Lunatic asylums Bombay report 1891-1903 - 1891-1903
Year: 1891
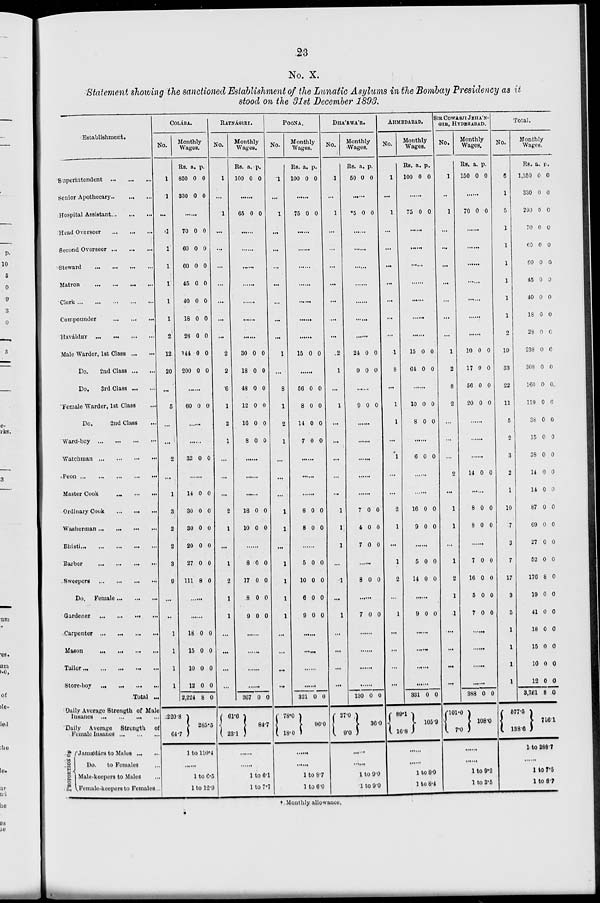
23
No. X.
Statement showing the sanctioned Establishment of the Lunatic Asylums in the Bombay Presidency as it
stood on the 31st December 1893.
Establishment.
Superintendent
...
...
...
Senior Apothecary ... ... ...
Hospital Assistant ... ... ...
Head Overseer
...
...
...
Second Overseer ... ... ...
Steward
...
...
...
...
Matron ... ... ... ...
Clerk
...
...
...
...
...
Compounder
...
...
...
Haváldár ... ... ... ...
Male Warder, 1st Class ... ...
Do.
2nd Class ... ...
Do.
3rd Class ... ...
Female Warder, 1st Class ...
Do.
2nd Class ...
Ward-boy ... ... ... ...
Watchman
...
...
...
...
Peon
...
...
...
...
...
Master Cook
...
...
...
Ordinary Cook
...
...
...
Washerman
...
...
...
...
Bhisti ...
...
...
...
Barber
...
...
...
...
Sweepers
...
...
...
...
Do. Female ... ... ...
Gardener
...
...
...
...
Carpenter
...
...
...
...
Mason ... ... ...
...
Tailor
...
...
...
...
Store-boy
...
...
...
...
Total ...
Daily Average Strength of Male
Iusanes ... ... ... ...
Daily Average Strength of
Female Iusanes ... ... ...
PROPORTION OF
Jamádárs to Males ... ...
Do.
to Females ...
Male-keepers to Males ...
Female-keepers to Females ...
COLA'BA.
No.
1
1
...
.1
1
1
1
1
1
2
12
20
...
5
...
...
2
...
1
3
2
2
3
9
...
...
1
1
1
1
Monthly
Wages.
Rs.
850
330
a.
0
0
p.
0
0
......
70
60
60
45
40
18
28
144
200
0
0
0
0
0
0
0
0
0
0
0
0
0
0
0
0
0
0
......
60 0 0
......
33 0 0
.......
14
30
30
20
27
111
0
0
0
0
0
8
0
0
0
0
0
0
.......
.......
18
15
10
12
2,224
2220.8
64.7
0
0
0
0
8
0
0
0
0
0
285.5
1 to 110.4
......
1 to 6.5
1 to 12.9
RATNA'GIRI.
No.
1
...
1
...
...
...
...
...
...
...
2
2
6
1
2
1
...
...
...
2
1
...
1
2
1
1
...
...
...
...
Monthly
Wages.
Rs.
100
a.
0
p.
0
.......
65 0 0
.......
.......
.
.......
.......
.......
.......
30
18
48
12
16
8
0
0
0
0
0
0
0
0
0
0
0
0
.......
.......
.......
18
10
0
0
0
0
8
17
8
9
0
0
0
0
0
0
0
0
.......
.......
.......
.......
367
61.6
23.1
0 0
84.7
.......
.......
1 to 6.1
1 to 7.7
POONA.
No.
1
...
1
. ..
...
...
...
...
. ..
...
1
...
8
1
2
1
...
...
...
1
1
. ..
1
1
1
1
...
...
...
...
Monthly
Wages.
Rs.
100
a.
0
p.
0
.......
75 0 0
.......
.......
.......
.......
......
.......
.......
15 0 0
.......
56
8
14
7
0
0
0
0
0
0
0
0
.......
.......
.......
8
8
0
0
0
0
5
10
6
9
0
0
0
0
0
0
0
0
.......
......
.......
.......
321
78.0
18.0
0 0
96.0
.......
.......
1 to 8.7
1 to 6.0
DHA'RWA'R.
No.
1
...
1
...
...
...
...
...
...
. ..
2
1
...
1
...
...
...
...
...
1
1
1
...
1
...
1
...
...
...
. ..
Monthly
Wages.
Rs.
50
a.
0
p.
0
.......
*5 0 0
.......
.......
.......
.......
.......
.......
.......
24
9
0
0
0
0
.......
9 0 0
.......
.......
.......
.......
.......
7
4
7
0
0
0
0
0
0
.......
8 0 0
.......
7 0 0
.......
.......
.......
.......
130
27.0
9.0
0 0
36.0
......
.......
1 to 9.0
1 to 9.0
AHMEDABAD.
No.
1
...
1
...
...
...
...
...
...
...
1
8
...
1
1
...
1
...
...
2
1
...
1
2
...
1
...
...
...
...
Monthly
Wages.
Rs.
100
a.
0
p.
0
.......
75 0 0
.......
......
.......
.......
.......
.......
.......
15
61
0
0
0
0
.......
10
8
0
0
0
0
.......
6 0 0
.......
.......
16
9
0
0
0
0
.......
5
14
0
0
0
0
.......
9 0 0
.......
.......
.......
.......
331
89.1
16.8
0 0
105.9
.......
.......
1 to 8.9
1 to 8.4
SIR COWASJI JEHA'N.
GIR, HYDERABAD.
No.
1
..
1
...
...
...
. ..
...
...
...
1
2
8
2
...
...
...
2
. ..
1
1
...
1
2
1
1
...
...
...
...
Monthly
Wages.
Rs.
150
a.
0
p.
0
.......
70 0 0
.......
.......
.......
.......
.......
.......
10
17
56
20
0
0
0
0
0
0
0
0
.......
.......
.......
14 0 0
.......
8
8
0
0
0
0
.......
7
16
5
7
0
0
0
0
0
0
0
0
.......
.......
.......
.......
388
101.0 108.0
7.0
0 0
08.0
1 to 9.2
1 to 3.5
Total.
No.
6
1
5
1
1
1
1
1
1
2
19
33
22
11
5
2
3
2
1
10
7
3
7
17
3
5
1
1
1
1
Monthly
Wages.
Rs.
1,350
330
290
70
60
60
45
40
18
28
238
308
160
119
38
15
38
14
14
87
69
27
52
176
19
41
18
15
10
12
3,761
577.5
138.6
a.
0
0
0
0
0
0
0
0
0
0
0
0
0
0
0
0
0
0
0
0
0
0
0
8
0
0
0
0
0
0
8
p.
0
0
0
0
0
0
0
0
0
0
0
0
0
0
0
0
0
0
0
0
0
0
0
0
0
0
0
0
0
0
0
716.1
1 to 288.7
1 to 7.5
1 to 8 7
* Monthly allowance.